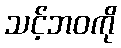
သင့်ဘဝကို